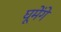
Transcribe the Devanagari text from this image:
घूमेंगे